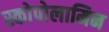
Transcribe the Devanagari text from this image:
स्कोपोलामिन